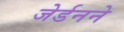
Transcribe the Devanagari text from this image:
जेर्डनने